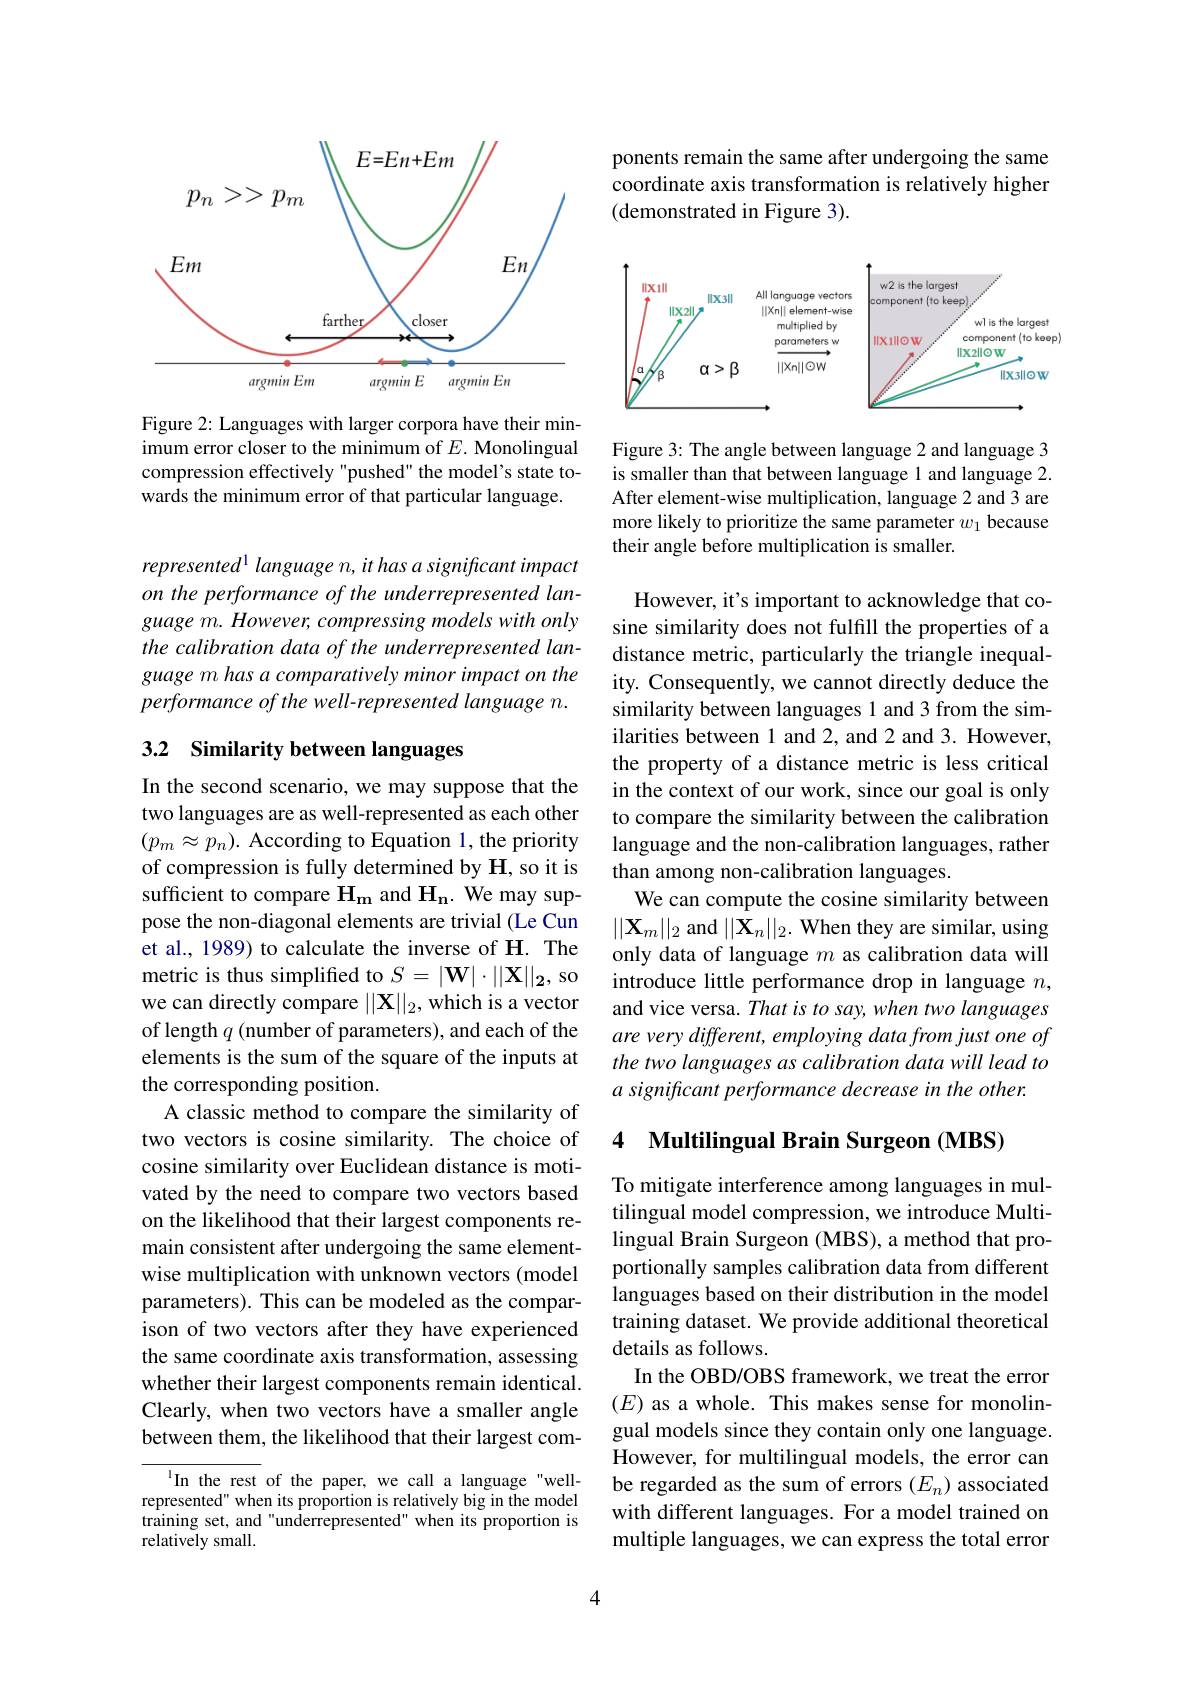
<FigureHere>

Figure 2: Languages with larger corpora have their minimum error closer to the minimum of $E.$ Monolingual compression effectively "pushed" the model's state towards the minimum error of that particular language.

$represented^{1} language n, it has a significant impact$ on the performance of the underrepresented language m. However, compressing models with only the calibration data of the underrepresented language m has a comparatively minor impact on the performance of the well-represented language n.

# 3.2 Similarity between languages

In the second scenario, we may suppose that the two languages are as well-represented as each other $(p_m\approx p_n).$ According to Equation 1, the priority of compression is fully determined by H, so it is sufficient to compare $\mathbf{H_m}$ and $\mathbf{H_n.}$ We may suppose the non-diagonal elements are trivial (Le Cun et al., 1989) to calculate the inverse of H. The metric is thus simplified to $S=|\mathbf{W}|\cdot||\mathbf{X}||_2$, so we can directly compare $||\mathbf{X}||_2$, which is a vector of length $q$ (number of parameters), and each of the elements is the sum of the square of the inputs at the corresponding position.
A classic method to compare the similarity of two vectors is cosine similarity. The choice of cosine similarity over Euclidean distance is motivated by the need to compare two vectors based on the likelihood that their largest components remain consistent after undergoing the same element- lingual Brain Surgeon (MBS), a method that pro-
wise multiplication with unknown vectors (model parameters). This can be modeled as the comparison of two vectors after they have experienced the same coordinate axis transformation, assessing whether their largest components remain identical. Clearly, when two vectors have a smaller angle between them, the likelihood that their largest com-

In the rest of the paper, we call a language"wellrepresented" when its proportion is relatively big in the model training set, and"underrepresented" when its proportion is relatively small.

4

ponents remain the same after undergoing the same coordinate axis transformation is relatively higher (demonstrated in Figure 3).

<FigureHere>

Figure 3: The angle between language 2 and language 3 is smaller than that between language 1 and language 2. After element-wise multiplication, language 2 and 3 are more likely to prioritize the same parameter $w_1$ because their angle before multiplication is smaller.

However, it's important to acknowledge that cosine similarity does not fulfill the properties of a distance metric, particularly the triangle inequality. Consequently, we cannot directly deduce the similarity between languages 1 and 3 from the similarities between 1 and 2, and 2 and 3. However, the property of a distance metric is less critical in the context of our work, since our goal is only to compare the similarity between the calibration language and the non-calibration languages, rather than among non-calibration languages.
We can compute the cosine similarity between $||\mathbf{X}_m||_2$ and $||\mathbf{X}_n||_2.$ When they are similar, using only data of language $m$ as calibration data will introduce little performance drop in language $n$, and vice versa. That is to say, when two languages are very different, employing data from just one of the two languages as calibration data will lead to a significant performance decrease in the other.

### 4 Multilingual Brain Surgeon (MBS)

To mitigate interference among languages in multilingual model compression, we introduce Multiportionally samples calibration data from different languages based on their distribution in the model training dataset. We provide additional theoretical details as follows.
In the OBD/OBS framework, we treat the error $(E)$ as a whole. This makes sense for monolingual models since they contain only one language. However, for multilingual models, the error can be regarded as the sum of errors $(E_n)$ associated with different languages. For a model trained on multiple languages, we can express the total error